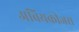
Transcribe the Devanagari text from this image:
अवियकीजस